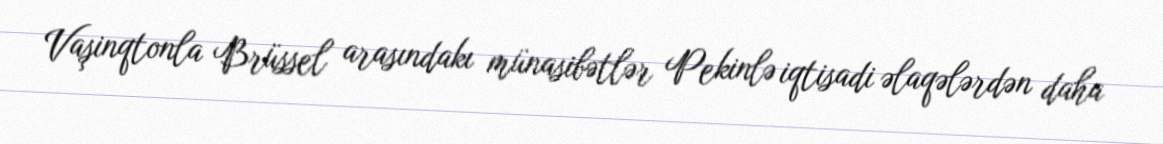
Vaşinqtonla Brüssel arasındakı münasibətlər Pekinlə iqtisadi əlaqələrdən daha